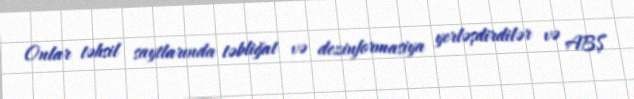
Onlar təhsil saytlarında təbliğat və dezinformasiya yerləşdirdilər və ABŞ